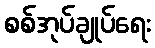
စစ်အုပ်ချုပ်ရေး